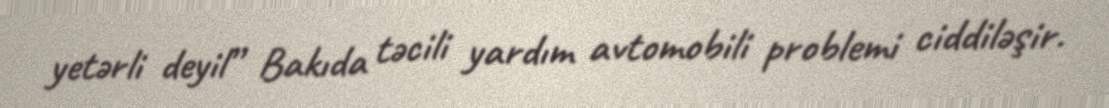
yetərli deyil” Bakıda təcili yardım avtomobili problemi ciddiləşir.